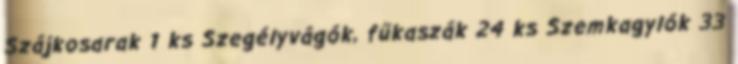
Szájkosarak 1 ks Szegélyvágók, fűkaszák 24 ks Szemkagylók 33